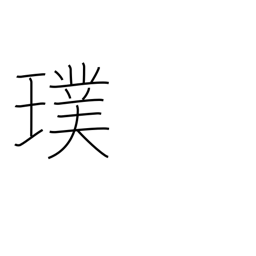
Meaning: unpolished gem